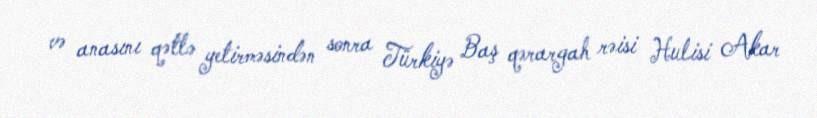
və anasını qətlə yetirməsindən sonra Türkiyə Baş qərargah rəisi Hulisi Akar